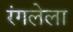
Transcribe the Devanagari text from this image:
रंगलेला